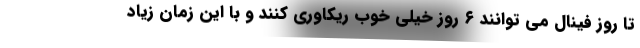
تا روز فینال می توانند ۶ روز خیلی خوب ریکاوری کنند و با این زمان زیاد